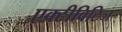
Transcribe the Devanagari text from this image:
एक्टीविटिज